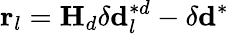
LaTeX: \mathbf{r}_{l}=\mathbf{H}_{d}\delta\mathbf{d}_{l}^{*d}-\delta\mathbf{d}^{*}